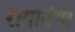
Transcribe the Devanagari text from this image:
रागानंगा